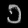
Digit: ၁